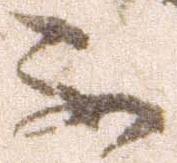
不